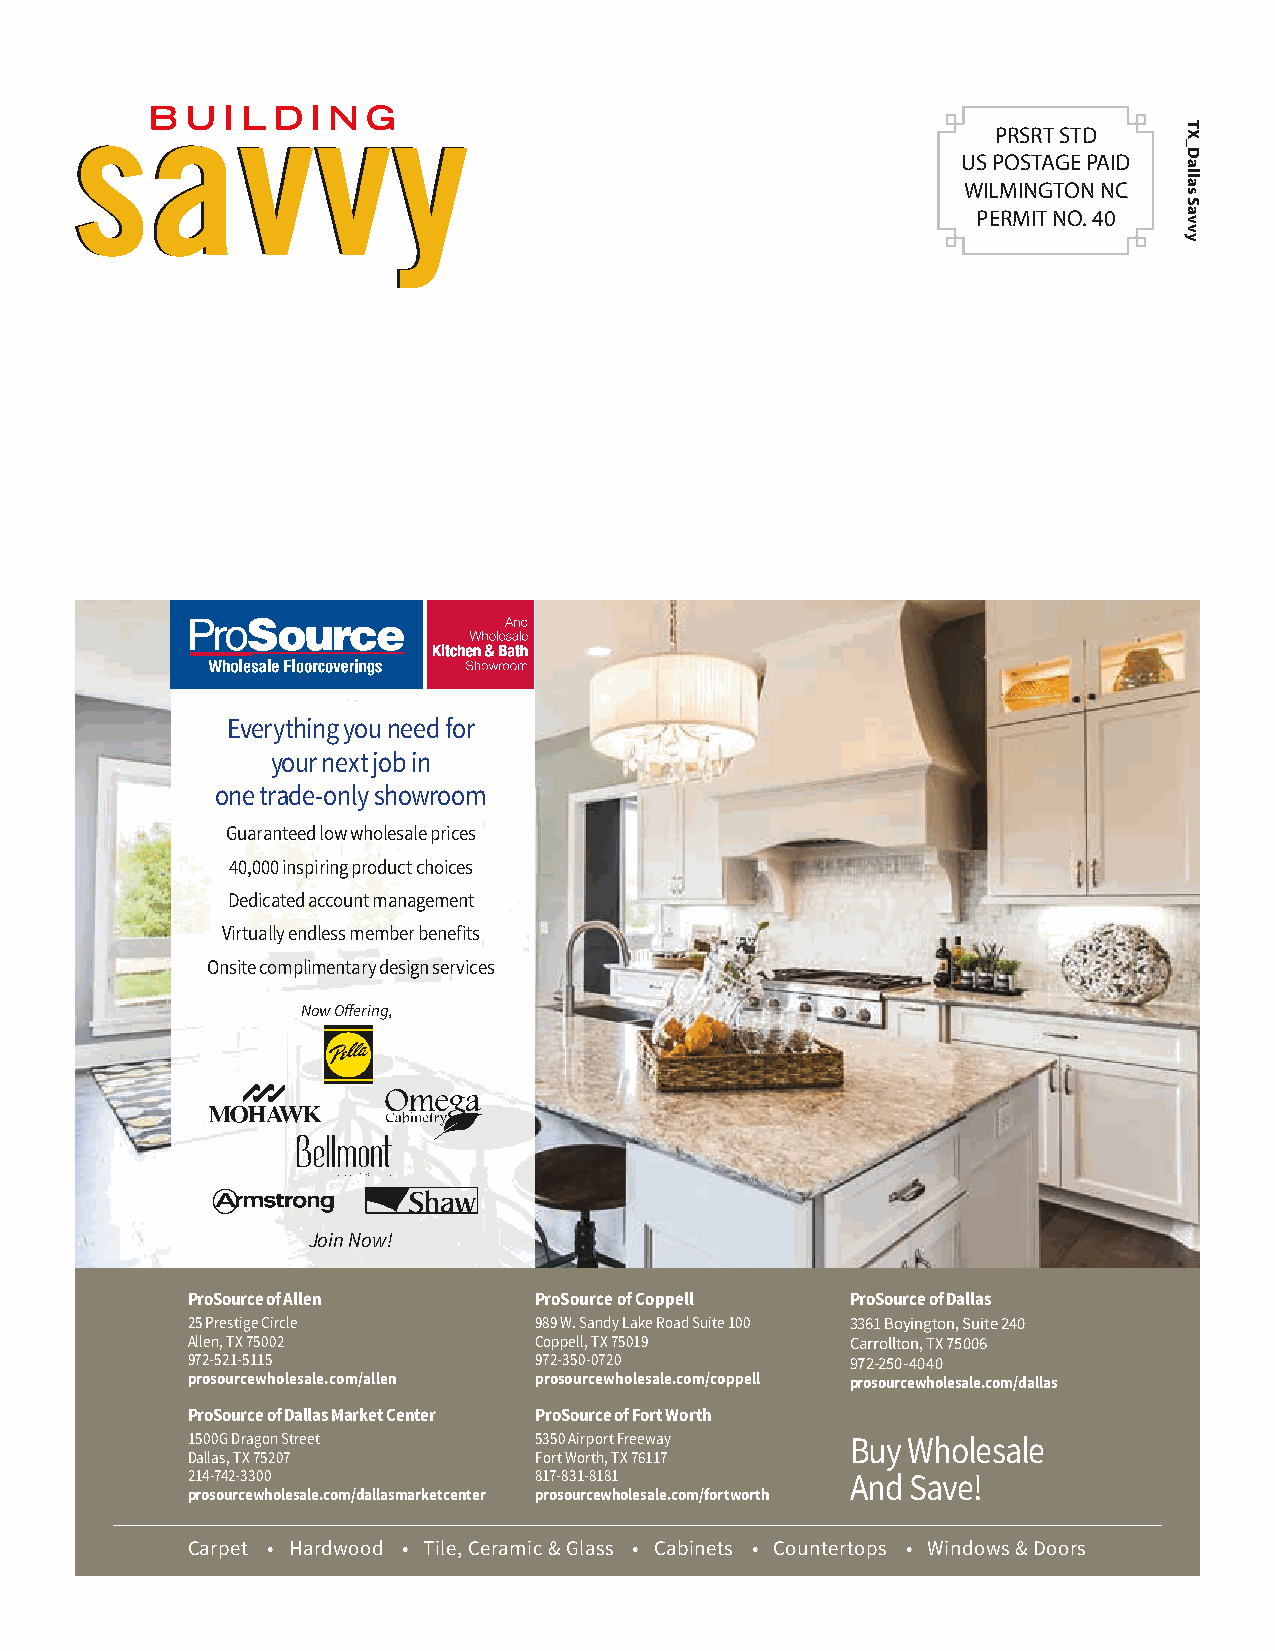
PRSRT STD
 US POSTAGE PAID
 WILMINGTON NC
 PERMIT NO. 40
 Everything you need for
 your next job in
 one trade-only showroom
 Guaranteed low wholesale prices
 40,000 inspiring product choices
 Dedicated account management
 Virtually endless member benefits
 Onsite complimentary design services
 Now Offering,
 Join Now!
 ProSource of Allen     ProSource of Coppell ProSource of Dallas
 25 Prestige Circle     989 W. Sandy Lake Road Suite 100 3361 Boyington, Suite 240
 Allen, TX 75002        Coppell, TX 75019    Carrollton, TX 75006
 972-521-5115           972-350-0720         972-250-4040
 prosourcewholesale.com/allen prosourcewholesale.com/coppell prosourcewholesale.com/dallas
 ProSource of Dallas Market Center ProSource of Fort Worth
 1500G Dragon Street    5350 Airport Freeway Buy Wholesale
 Dallas, TX 75207       Fort Worth, TX 76117
 214-742-3300           817-831-8181         And Save!
 prosourcewholesale.com/dallasmarketcenter prosourcewholesale.com/fortworth
 Carpet • Hardwood • Tile, Ceramic & Glass • Cabinets • Countertops • Windows & Doors
 TX_Dallas
 Savvy